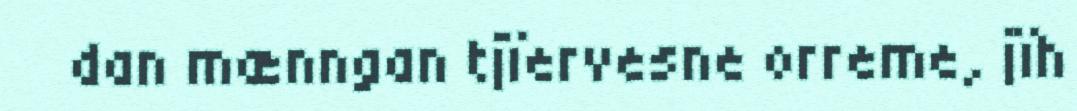
dan mænngan tjïervesne orreme, jïh